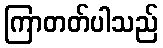
ကြာတတ်ပါသည်